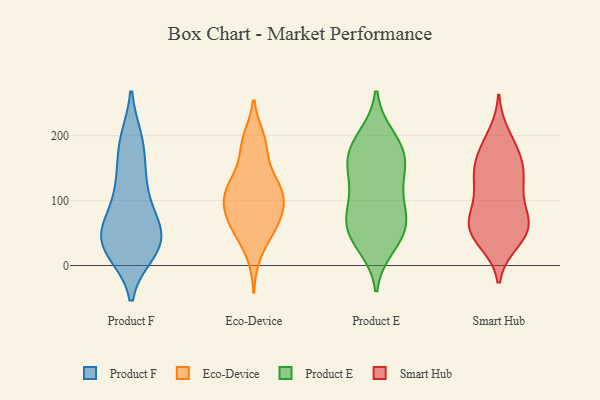
{"axis": {"x": "Temperature (°C)", "y": "Value"}, "legend": ["Eco-Device", "Product E", "Product F", "Smart Hub"], "data": [{"x": "", "y": 58, "type": "Product F"}, {"x": "", "y": 35, "type": "Product F"}, {"x": "", "y": 58, "type": "Product F"}, {"x": "", "y": 30, "type": "Product F"}, {"x": "", "y": 140, "type": "Product F"}, {"x": "", "y": 80, "type": "Product F"}, {"x": "", "y": 127, "type": "Product F"}, {"x": "", "y": 33, "type": "Product F"}, {"x": "", "y": 20, "type": "Product F"}, {"x": "", "y": 20, "type": "Product F"}, {"x": "", "y": 65, "type": "Product F"}, {"x": "", "y": 43, "type": "Product F"}, {"x": "", "y": 189, "type": "Product F"}, {"x": "", "y": 25, "type": "Product F"}, {"x": "", "y": 90, "type": "Product F"}, {"x": "", "y": 194, "type": "Product F"}, {"x": "", "y": 192, "type": "Product F"}, {"x": "", "y": 135, "type": "Product F"}, {"x": "", "y": 193, "type": "Eco-Device"}, {"x": "", "y": 90, "type": "Eco-Device"}, {"x": "", "y": 57, "type": "Eco-Device"}, {"x": "", "y": 104, "type": "Eco-Device"}, {"x": "", "y": 15, "type": "Eco-Device"}, {"x": "", "y": 50, "type": "Eco-Device"}, {"x": "", "y": 102, "type": "Eco-Device"}, {"x": "", "y": 58, "type": "Eco-Device"}, {"x": "", "y": 68, "type": "Eco-Device"}, {"x": "", "y": 102, "type": "Eco-Device"}, {"x": "", "y": 126, "type": "Eco-Device"}, {"x": "", "y": 66, "type": "Eco-Device"}, {"x": "", "y": 158, "type": "Eco-Device"}, {"x": "", "y": 132, "type": "Eco-Device"}, {"x": "", "y": 111, "type": "Eco-Device"}, {"x": "", "y": 131, "type": "Eco-Device"}, {"x": "", "y": 186, "type": "Eco-Device"}, {"x": "", "y": 96, "type": "Eco-Device"}, {"x": "", "y": 197, "type": "Eco-Device"}, {"x": "", "y": 56, "type": "Product E"}, {"x": "", "y": 91, "type": "Product E"}, {"x": "", "y": 85, "type": "Product E"}, {"x": "", "y": 177, "type": "Product E"}, {"x": "", "y": 169, "type": "Product E"}, {"x": "", "y": 60, "type": "Product E"}, {"x": "", "y": 85, "type": "Product E"}, {"x": "", "y": 150, "type": "Product E"}, {"x": "", "y": 40, "type": "Product E"}, {"x": "", "y": 30, "type": "Product E"}, {"x": "", "y": 198, "type": "Product E"}, {"x": "", "y": 54, "type": "Product E"}, {"x": "", "y": 163, "type": "Product E"}, {"x": "", "y": 192, "type": "Product E"}, {"x": "", "y": 134, "type": "Product E"}, {"x": "", "y": 132, "type": "Product E"}, {"x": "", "y": 73, "type": "Smart Hub"}, {"x": "", "y": 52, "type": "Smart Hub"}, {"x": "", "y": 84, "type": "Smart Hub"}, {"x": "", "y": 168, "type": "Smart Hub"}, {"x": "", "y": 47, "type": "Smart Hub"}, {"x": "", "y": 200, "type": "Smart Hub"}, {"x": "", "y": 130, "type": "Smart Hub"}, {"x": "", "y": 136, "type": "Smart Hub"}, {"x": "", "y": 62, "type": "Smart Hub"}, {"x": "", "y": 71, "type": "Smart Hub"}, {"x": "", "y": 129, "type": "Smart Hub"}, {"x": "", "y": 37, "type": "Smart Hub"}, {"x": "", "y": 183, "type": "Smart Hub"}, {"x": "", "y": 167, "type": "Smart Hub"}, {"x": "", "y": 68, "type": "Smart Hub"}, {"x": "", "y": 119, "type": "Smart Hub"}, {"x": "", "y": 150, "type": "Smart Hub"}, {"x": "", "y": 43, "type": "Smart Hub"}]}